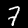
Label: 7